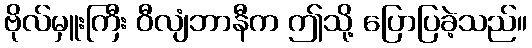
ဗိုလ်မှူးကြီး ဝီလျံဘာနီက ဤသို့ ပြောပြခဲ့သည်။